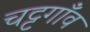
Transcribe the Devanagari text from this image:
चट्टगाँव